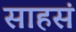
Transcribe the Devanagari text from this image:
साहसं